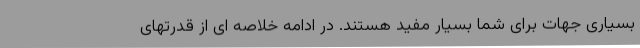
بسیاری جهات برای شما بسیار مفید هستند. در ادامه خلاصه ای از قدرتهای